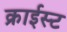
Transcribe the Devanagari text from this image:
क्राईस्ट